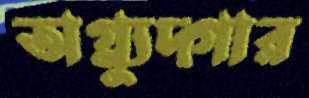
অগ্ন্যুদ্গার